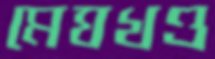
মেঘখণ্ড